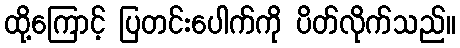
ထို့ကြောင့် ပြတင်းပေါက်ကို ပိတ်လိုက်သည်။